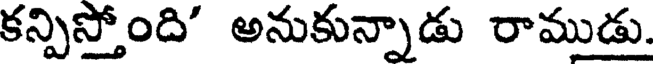
కన్పిస్తోంది' అనుకున్నాడు రాముడు.